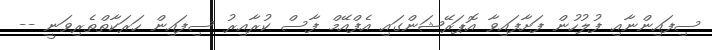
ސިފައިންނާއި ފުލުހުން ފަށާފައިވާ އޮޕަރޭޝަންގައި އެފްއޭމް ފާސް ކުރާއިރު ސިފައިން ހަރަކާތްތެރިވަނީ --